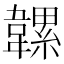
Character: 𩏞